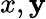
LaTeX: x,\mathbf{y}